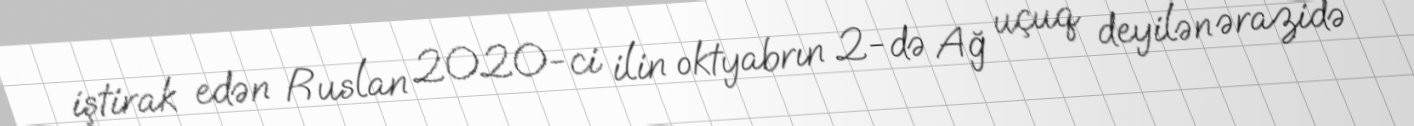
iştirak edən Ruslan 2020-ci ilin oktyabrın 2-də Ağ uçuq deyilən ərazidə